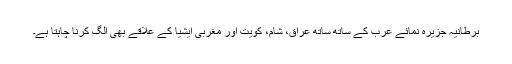
برطانیہ جزیرہ نمائے عرب کے ساتھ ساتھ عراق، شام، کویت اور مغربی ایشیا کے علاقے بھی الگ کرنا چاہتا ہے۔